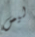
ليس